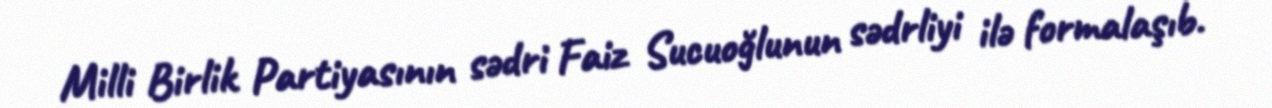
Milli Birlik Partiyasının sədri Faiz Sucuoğlunun sədrliyi ilə formalaşıb.